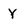
Character: Y